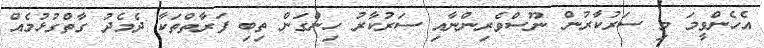
އެހެންވީމަ މި ސަރުކާރުން ނޫސްވެރިންނާއި ސަރުކާރު ހިންގަން ތިބި ފަރާތްތަކާ ދެމެދު ގާތްގުޅުމެއް